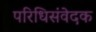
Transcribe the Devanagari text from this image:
परिधिसंवेदक